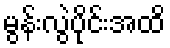
မွန်းလွဲပိုင်းအထိ